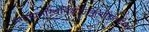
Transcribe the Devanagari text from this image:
गंगायामस्थिनिक्षेपंनकुर्यादितिगौतमः